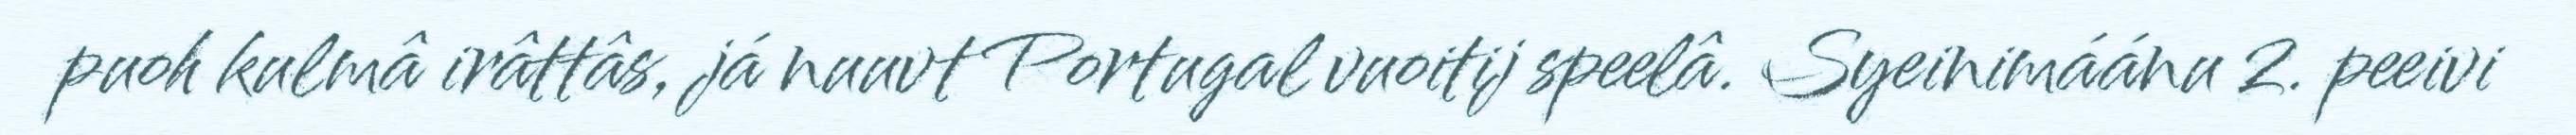
puoh kulmâ irâttâs, já nuuvt Portugal vuoitij speelâ. Syeinimáánu 2. peeivi